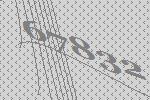
67832